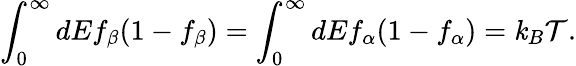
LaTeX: {\int_{0}^{\infty}dEf_{\beta}(1-f_{\beta})=\int_{0}^{\infty}dEf_{\alpha}(1-f_{\alpha})=\mathit{k}_{B}\mathcal{{T}}}.